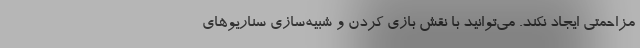
مزاحمتی ایجاد نکند. می‌توانید با نقش بازی کردن و شبیه‌سازی سناریو‌های